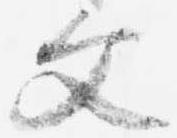
文